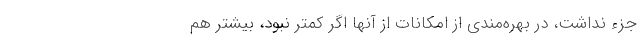
جزء نداشت، در بهره‌مندی از امکانات از آنها اگر کمتر نبود، بیشتر هم